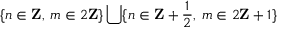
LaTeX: \{ n \in \mathbf { Z } , \: m \in 2 \mathbf { Z } \} \bigcup \{ n \in \mathbf { Z } + \frac { 1 } { 2 } , \: m \in 2 \mathbf { Z } + 1 \}